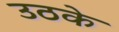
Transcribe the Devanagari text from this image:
उठके